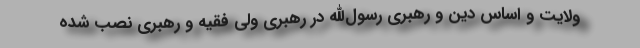
ولایت و اساس دین و رهبری رسول‌الله در رهبری ولی فقیه و رهبری نصب شده